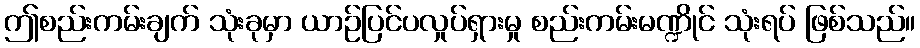
ဤစည်းကမ်းချက် သုံးခုမှာ ယာဉ်ပြင်ပလှုပ်ရှားမှု စည်းကမ်းမဏ္ဍိုင် သုံးရပ် ဖြစ်သည်။